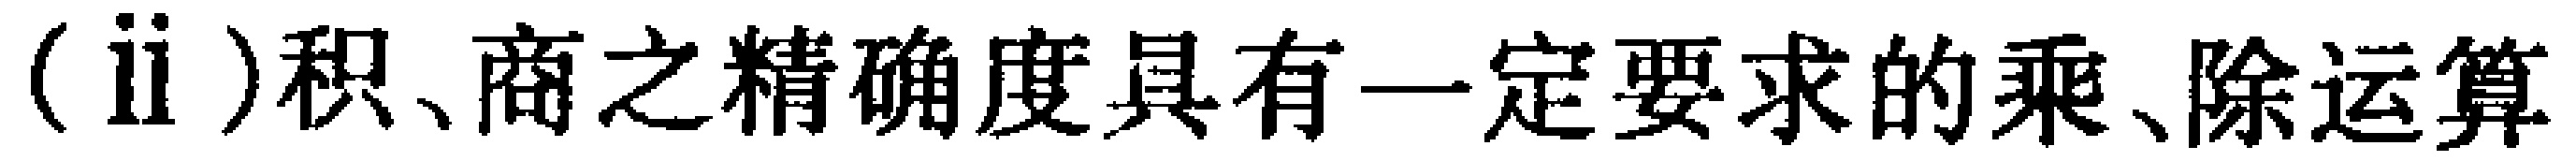
(ii)积、商之精确度具有一定要求的乘、除运算